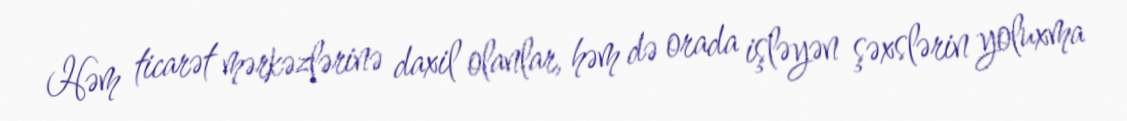
Həm ticarət mərkəzlərinə daxil olanlar, həm də orada işləyən şəxslərin yoluxma